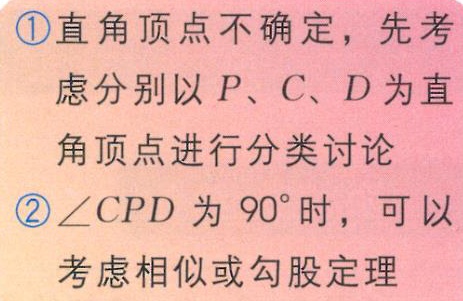
\textcircled{1}直角顶点不确定，先考
虑分别以 \(P、C、D\) 为直
角顶点进行分类讨论
\textcircled{2}\(\angle CPD\) 为 \(90^{\circ}\) 时，可以
考虑相似或勾股定理